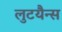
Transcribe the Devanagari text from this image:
लुटयैन्स